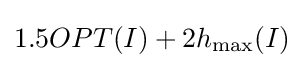
1.5OPT(I)+2h_{\max }(I)